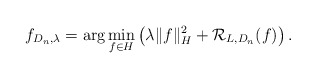
\begin{align*}f_{D_n, \lambda} = \textrm{arg} \min_{f \in H} \left( \lambda \| f \|_H^2 + \mathcal R_{L, D_n} (f) \right).\end{align*}